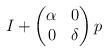
LaTeX: \begin{align*}I + \begin{pmatrix} \alpha & 0 \\ 0 & \delta \end{pmatrix} p \end{align*}